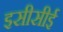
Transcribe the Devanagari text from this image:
इसीसीई